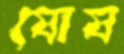
ষোষ